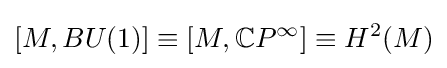
[M,BU(1)]\equiv [M,\mathbb {C} P^{\infty }]\equiv H^{2}(M)